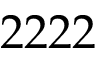
2 2 2 2